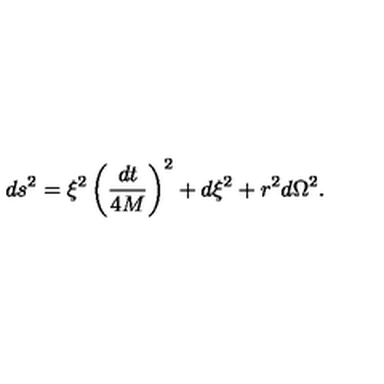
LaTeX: d s ^ { 2 } = \xi ^ { 2 } \left( { \frac { d t } { 4 M } } \right) ^ { 2 } + d \xi ^ { 2 } + r ^ { 2 } d \Omega ^ { 2 } .